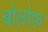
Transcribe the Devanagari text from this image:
बोलोफ